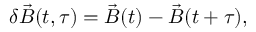
\delta \vec { B } ( t , \tau ) = \vec { B } ( t ) - \vec { B } ( t + \tau ) ,